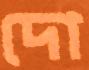
দো